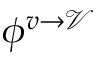
\phi ^ { v \rightarrow \mathcal { V } }